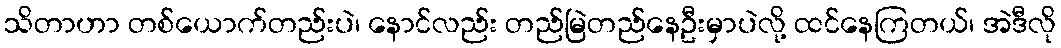
သိတာဟာ တစ်ယောက်တည်းပဲ၊ နောင်လည်း တည်မြဲတည်နေဦးမှာပဲလို့ ထင်နေကြတယ်၊ အဲဒီလို